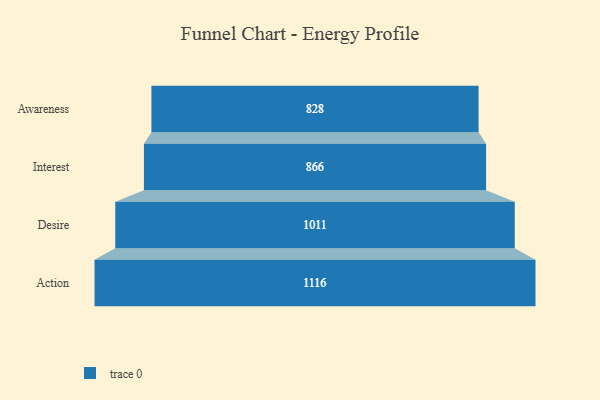
{"axis": {"x": "Stage", "y": "Value"}, "legend": [""], "data": [{"x": "Awareness", "y": 828.0, "type": ""}, {"x": "Interest", "y": 866.0, "type": ""}, {"x": "Desire", "y": 1011.0, "type": ""}, {"x": "Action", "y": 1116.0, "type": ""}]}